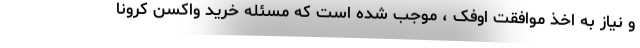
و نیاز به اخذ موافقت اوفک ، موجب شده است که مسئله خرید واکسن کرونا